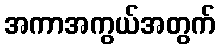
အကာအကွယ်အတွက်